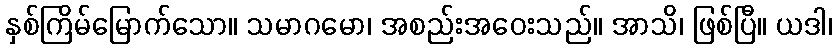
နှစ်ကြိမ်မြောက်သော။ သမာဂမော၊ အစည်းအဝေးသည်။ အာသိ၊ ဖြစ်ပြီ။ ယဒါ၊